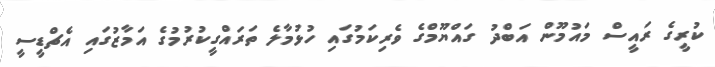
ކުރީގެ ރައީސް މައުމޫން އަބްދު ގައްޔޫމްގެ ވެރިކަމުގައި ހުޅުމާލެ ތަރައްގީކުރުމުގެ އަމާޒުގައި އެޗްޑީސީ